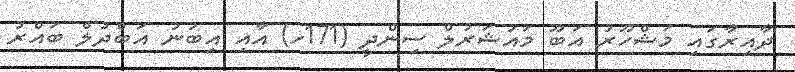
ދާއިރާގައި މަޝްހޫރު އަބޫ މައުޝަރުލް ސިންދީ (171ހ) އާއި އިބުނު އަބްދުލް ބައްރު